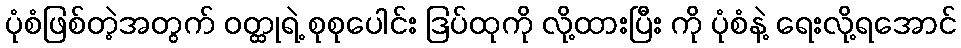
ပုံစံဖြစ်တဲ့အတွက် ဝတ္ထုရဲ့ စုစုပေါင်း ဒြပ်ထုကို လို့ထားပြီး ကို ပုံစံနဲ့ ရေးလို့ရအောင်